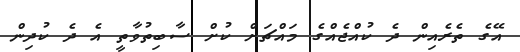
އޭގެ ތެރެއިން ދެ ކުއްޖެއްގެ މައްޗަށް ކުށް ސާބިތުވާތީ އެ ދެ ކުދިން